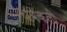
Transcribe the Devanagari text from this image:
थबकली